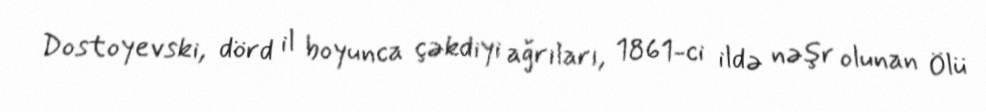
Dostoyevski, dörd il boyunca çəkdiyi ağrıları, 1861-ci ildə nəşr olunan Ölü